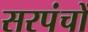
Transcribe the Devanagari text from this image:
सरपंचों